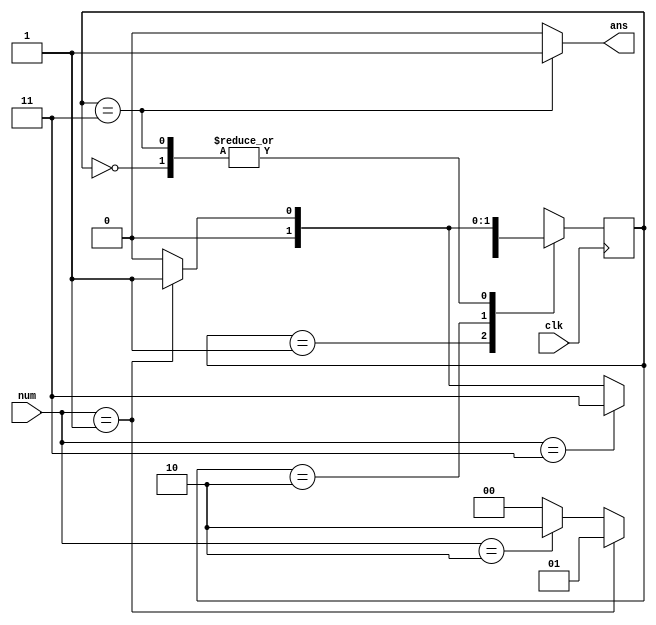
`define S0 2'b00
`define S1 2'b01
`define S2 2'b10
`define S3 2'b11
module counting(
        input [1:0] num,
        input clk,
        output ans
    );
    reg [1:0] status;

    initial begin
        status <= `S0;
    end

    always @(posedge clk) begin
        case (status)
            `S0: begin
                if (num == `S1) begin
                    status <= `S1;
                end
                // else if (num == `S2 || num == `S3) begin
                //     status <= `S0;
                // end
                else begin
                    status <= `S0;
                end
            end
            `S1: begin
                if (num == `S1) begin
                    status <= `S1;
                end
                else if (num == `S2) begin
                    status <= `S2;
                end
                else begin
                    status <= `S0;
                end
            end
            `S2: begin
                if (num == `S3) begin
                    status <= `S3;
                end
                else if (num == `S1) begin
                    status <= `S1;
                end
                else begin
                    status <= `S0;
                end
            end
            `S3: begin
                if (num == `S1) begin
                    status <= `S1;
                end
                else begin
                    status <= `S0;
                end
            end
        endcase
    end
    assign ans = status == `S3 ? 1'b1 : 1'b0;
endmodule //counting